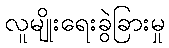
လူမျိုးရေးခွဲခြားမှု